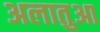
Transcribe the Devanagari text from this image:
अलातुआ